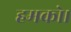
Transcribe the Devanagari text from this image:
हमको।